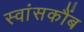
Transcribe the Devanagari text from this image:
स्वांसकौंब